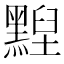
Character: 𪑺